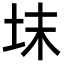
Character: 𡊉